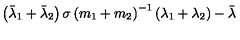
\left( \bar { \lambda } _ { 1 } + \bar { \lambda } _ { 2 } \right) \sigma \left( m _ { 1 } + m _ { 2 } \right) ^ { - 1 } \left( \lambda _ { 1 } + \lambda _ { 2 } \right) - \bar { \lambda }